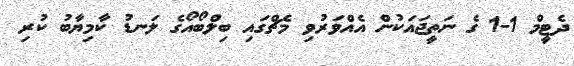
ދެޓީމް 1-1 ގެ ނަތީޖައަކުން އެއްވަރުވި މެޗްގައި ބިލްބޯއޯގެ ލަނޑު ކާމިޔާބު ކުރި